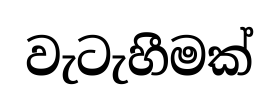
වැටැහීමක්